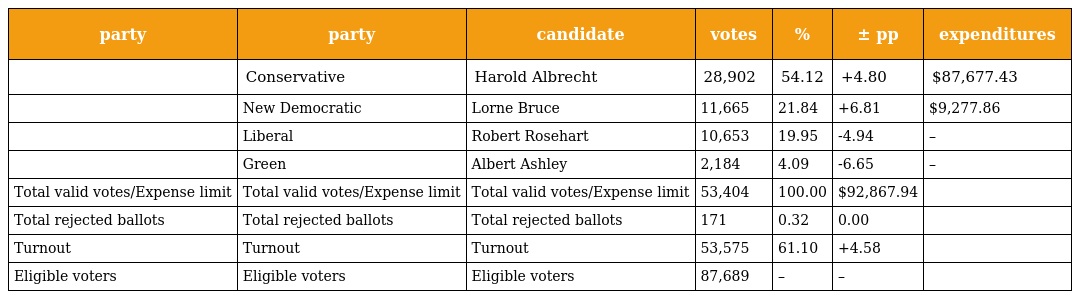
| party | party | candidate | votes | % | ± pp | expenditures |
 | --- | --- | --- | --- | --- | --- | --- |
 |  | Conservative | Harold Albrecht | 28,902 | 54.12 | +4.80 | $87,677.43 |
 |  | New Democratic | Lorne Bruce | 11,665 | 21.84 | +6.81 | $9,277.86 |
 |  | Liberal | Robert Rosehart | 10,653 | 19.95 | -4.94 | – |
 |  | Green | Albert Ashley | 2,184 | 4.09 | -6.65 | – |
 | Total valid votes/Expense limit | Total valid votes/Expense limit | Total valid votes/Expense limit | 53,404 | 100.00 | $92,867.94 |  |
 | Total rejected ballots | Total rejected ballots | Total rejected ballots | 171 | 0.32 | 0.00 |  |
 | Turnout | Turnout | Turnout | 53,575 | 61.10 | +4.58 |  |
 | Eligible voters | Eligible voters | Eligible voters | 87,689 | – | – |  |